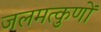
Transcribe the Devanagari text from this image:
जलमत्कुणों